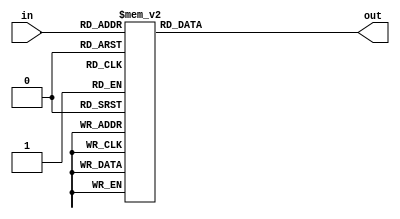
module Three_Input_Decoder(
									in, 
									out
								);
								parameter BUS_WIDTH = 8;
								parameter ADDRESS_WIDTH = 3;
								
								input wire[ADDRESS_WIDTH - 1:0] in;
								
								output reg [BUS_WIDTH - 1:0] out;
								
								always@(*) begin
									case(in)
										3'b000: out <= 8'b0000_0000; // to prevent writes to R0;
										3'b001: out <= 8'b0000_0010;
										3'b010: out <= 8'b0000_0100;
										3'b011: out <= 8'b0000_1000;
										3'b100: out <= 8'b0001_0000;
										3'b101: out <= 8'b0010_0000;
										3'b110: out <= 8'b0100_0000;
										3'b111: out <= 8'b1000_0000;
									endcase
								end

endmodule